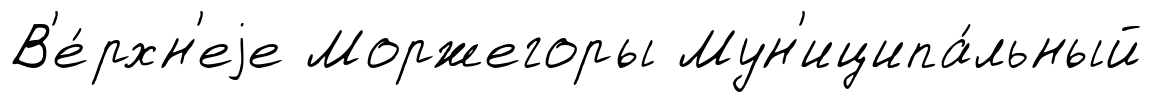
В'е́рхн'еjе Моржегоры Мун'иципа́льный